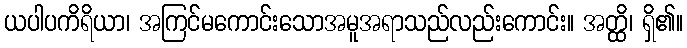
ယပါပကိရိယာ၊ အကြင်မကောင်းသောအမူအရာသည်လည်းကောင်း။ အတ္ထိ၊ ရှိ၏။